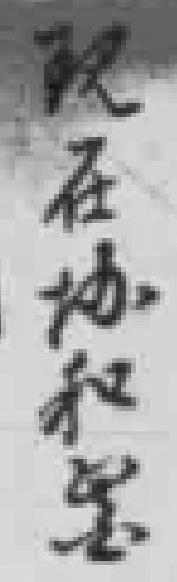
現在协和毉